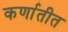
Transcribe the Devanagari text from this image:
कर्णातीत